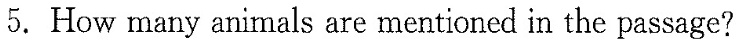
5.How many animals are mentioned in the passage?